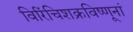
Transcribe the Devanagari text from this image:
विरिंचिशक्रविष्णूनां